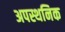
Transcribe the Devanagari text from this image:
अपस्थनिक